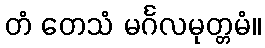
တံ တေသံ မင်္ဂလမုတ္တမံ။